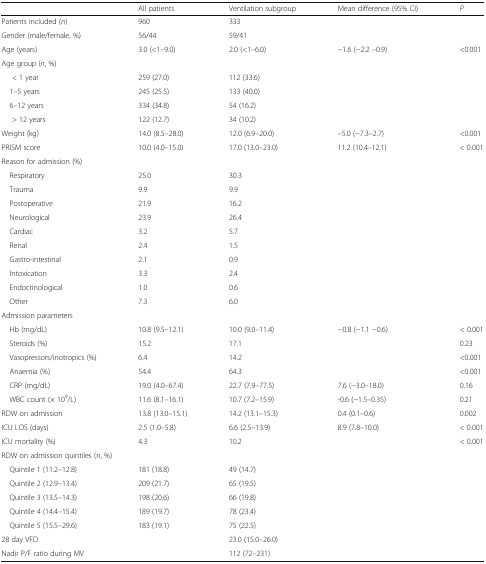
<table><thead><tr><td></td><td><b>All patients</b></td><td><b>Ventilation subgroup</b></td><td><b>Mean difference (95% CI)</b></td><td><b><i>P</i></b></td></tr></thead><tbody><tr><td>Patients included (<i>n</i>)</td><td>960</td><td>333</td><td></td><td></td></tr><tr><td>Gender (male/female, %)</td><td>56/44</td><td>59/41</td><td></td><td></td></tr><tr><td>Age (years)</td><td>3.0 (&lt;1–9.0)</td><td>2.0 (&lt;1–6.0)</td><td>−1.6 (−2.2 –0.9)</td><td>&lt;0.001</td></tr><tr><td colspan="5">Age group (<i>n</i>, %)</td></tr><tr><td>&lt; 1 year</td><td>259 (27.0)</td><td>112 (33.6)</td><td></td><td></td></tr><tr><td> 1–5 years</td><td>245 (25.5)</td><td>133 (40.0)</td><td></td><td></td></tr><tr><td> 6–12 years</td><td>334 (34.8)</td><td>54 (16.2)</td><td></td><td></td></tr><tr><td>&gt; 12 years</td><td>122 (12.7)</td><td>34 (10.2)</td><td></td><td></td></tr><tr><td>Weight (kg)</td><td>14.0 (8.5–28.0)</td><td>12.0 (6.9–20.0)</td><td>–5.0 (−7.3–2.7)</td><td>&lt;0.001</td></tr><tr><td>PRISM score</td><td>10.0 (4.0–15.0)</td><td>17.0 (13.0–23.0)</td><td>11.2 (10.4–12.1)</td><td>&lt; 0.001</td></tr><tr><td colspan="5">Reason for admission (%)</td></tr><tr><td> Respiratory</td><td>25.0</td><td>30.3</td><td></td><td></td></tr><tr><td> Trauma</td><td>9.9</td><td>9.9</td><td></td><td></td></tr><tr><td> Postoperative</td><td>21.9</td><td>16.2</td><td></td><td></td></tr><tr><td> Neurological</td><td>23.9</td><td>26.4</td><td></td><td></td></tr><tr><td> Cardiac</td><td>3.2</td><td>5.7</td><td></td><td></td></tr><tr><td> Renal</td><td>2.4</td><td>1.5</td><td></td><td></td></tr><tr><td> Gastro-intestinal</td><td>2.1</td><td>0.9</td><td></td><td></td></tr><tr><td> Intoxication</td><td>3.3</td><td>2.4</td><td></td><td></td></tr><tr><td> Endocrinological</td><td>1.0</td><td>0.6</td><td></td><td></td></tr><tr><td> Other</td><td>7.3</td><td>6.0</td><td></td><td></td></tr><tr><td colspan="5">Admission parameters</td></tr><tr><td> Hb (mg/dL)</td><td>10.8 (9.5–12.1)</td><td>10.0 (9.0–11.4)</td><td>−0.8 (−1.1 −0.6)</td><td>&lt; 0.001</td></tr><tr><td> Steroids (%)</td><td>15.2</td><td>17.1</td><td></td><td>0.23</td></tr><tr><td> Vasopressors/inotropics (%)</td><td>6.4</td><td>14.2</td><td></td><td>&lt;0.001</td></tr><tr><td> Anaemia (%)</td><td>54.4</td><td>64.3</td><td></td><td>&lt;0.001</td></tr><tr><td> CRP (mg/dL)</td><td>19.0 (4.0–67.4)</td><td>22.7 (7.9–77.5)</td><td>7.6 (−3.0–18.0)</td><td>0.16</td></tr><tr><td> WBC count (× 10<sup>9</sup>/L)</td><td>11.6 (8.1–16.1)</td><td>10.7 (7.2–15.9)</td><td>-0.6 (−1.5–0.35)</td><td>0.21</td></tr><tr><td>RDW on admission</td><td>13.8 (13.0–15.1)</td><td>14.2 (13.1–15.3)</td><td>0.4 (0.1–0.6)</td><td>0.002</td></tr><tr><td>ICU LOS (days)</td><td>2.5 (1.0–5.8)</td><td>6.6 (2.5–13.9)</td><td>8.9 (7.8–10.0)</td><td>&lt; 0.001</td></tr><tr><td>ICU mortality (%)</td><td>4.3</td><td>10.2</td><td></td><td>&lt; 0.001</td></tr><tr><td colspan="5">RDW on admission quintiles (n, %)</td></tr><tr><td> Quintile 1 (11.2–12.8)</td><td>181 (18.8)</td><td>49 (14.7)</td><td></td><td></td></tr><tr><td> Quintile 2 (12.9–13.4)</td><td>209 (21.7)</td><td>65 (19.5)</td><td></td><td></td></tr><tr><td> Quintile 3 (13.5–14.3)</td><td>198 (20.6)</td><td>66 (19.8)</td><td></td><td></td></tr><tr><td> Quintile 4 (14.4–15.4)</td><td>189 (19.7)</td><td>78 (23.4)</td><td></td><td></td></tr><tr><td> Quintile 5 (15.5–29.6)</td><td>183 (19.1)</td><td>75 (22.5)</td><td></td><td></td></tr><tr><td>28 day VFD</td><td></td><td>23.0 (15.0–26.0)</td><td></td><td></td></tr><tr><td>Nadir P/F ratio during MV</td><td></td><td>112 (72–231)</td><td></td><td></td></tr></tbody></table>